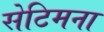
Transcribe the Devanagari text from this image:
सेटिमना